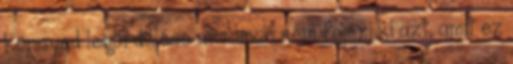
könnyed legördülése arcomon nem fejezi ki azt, amit ez